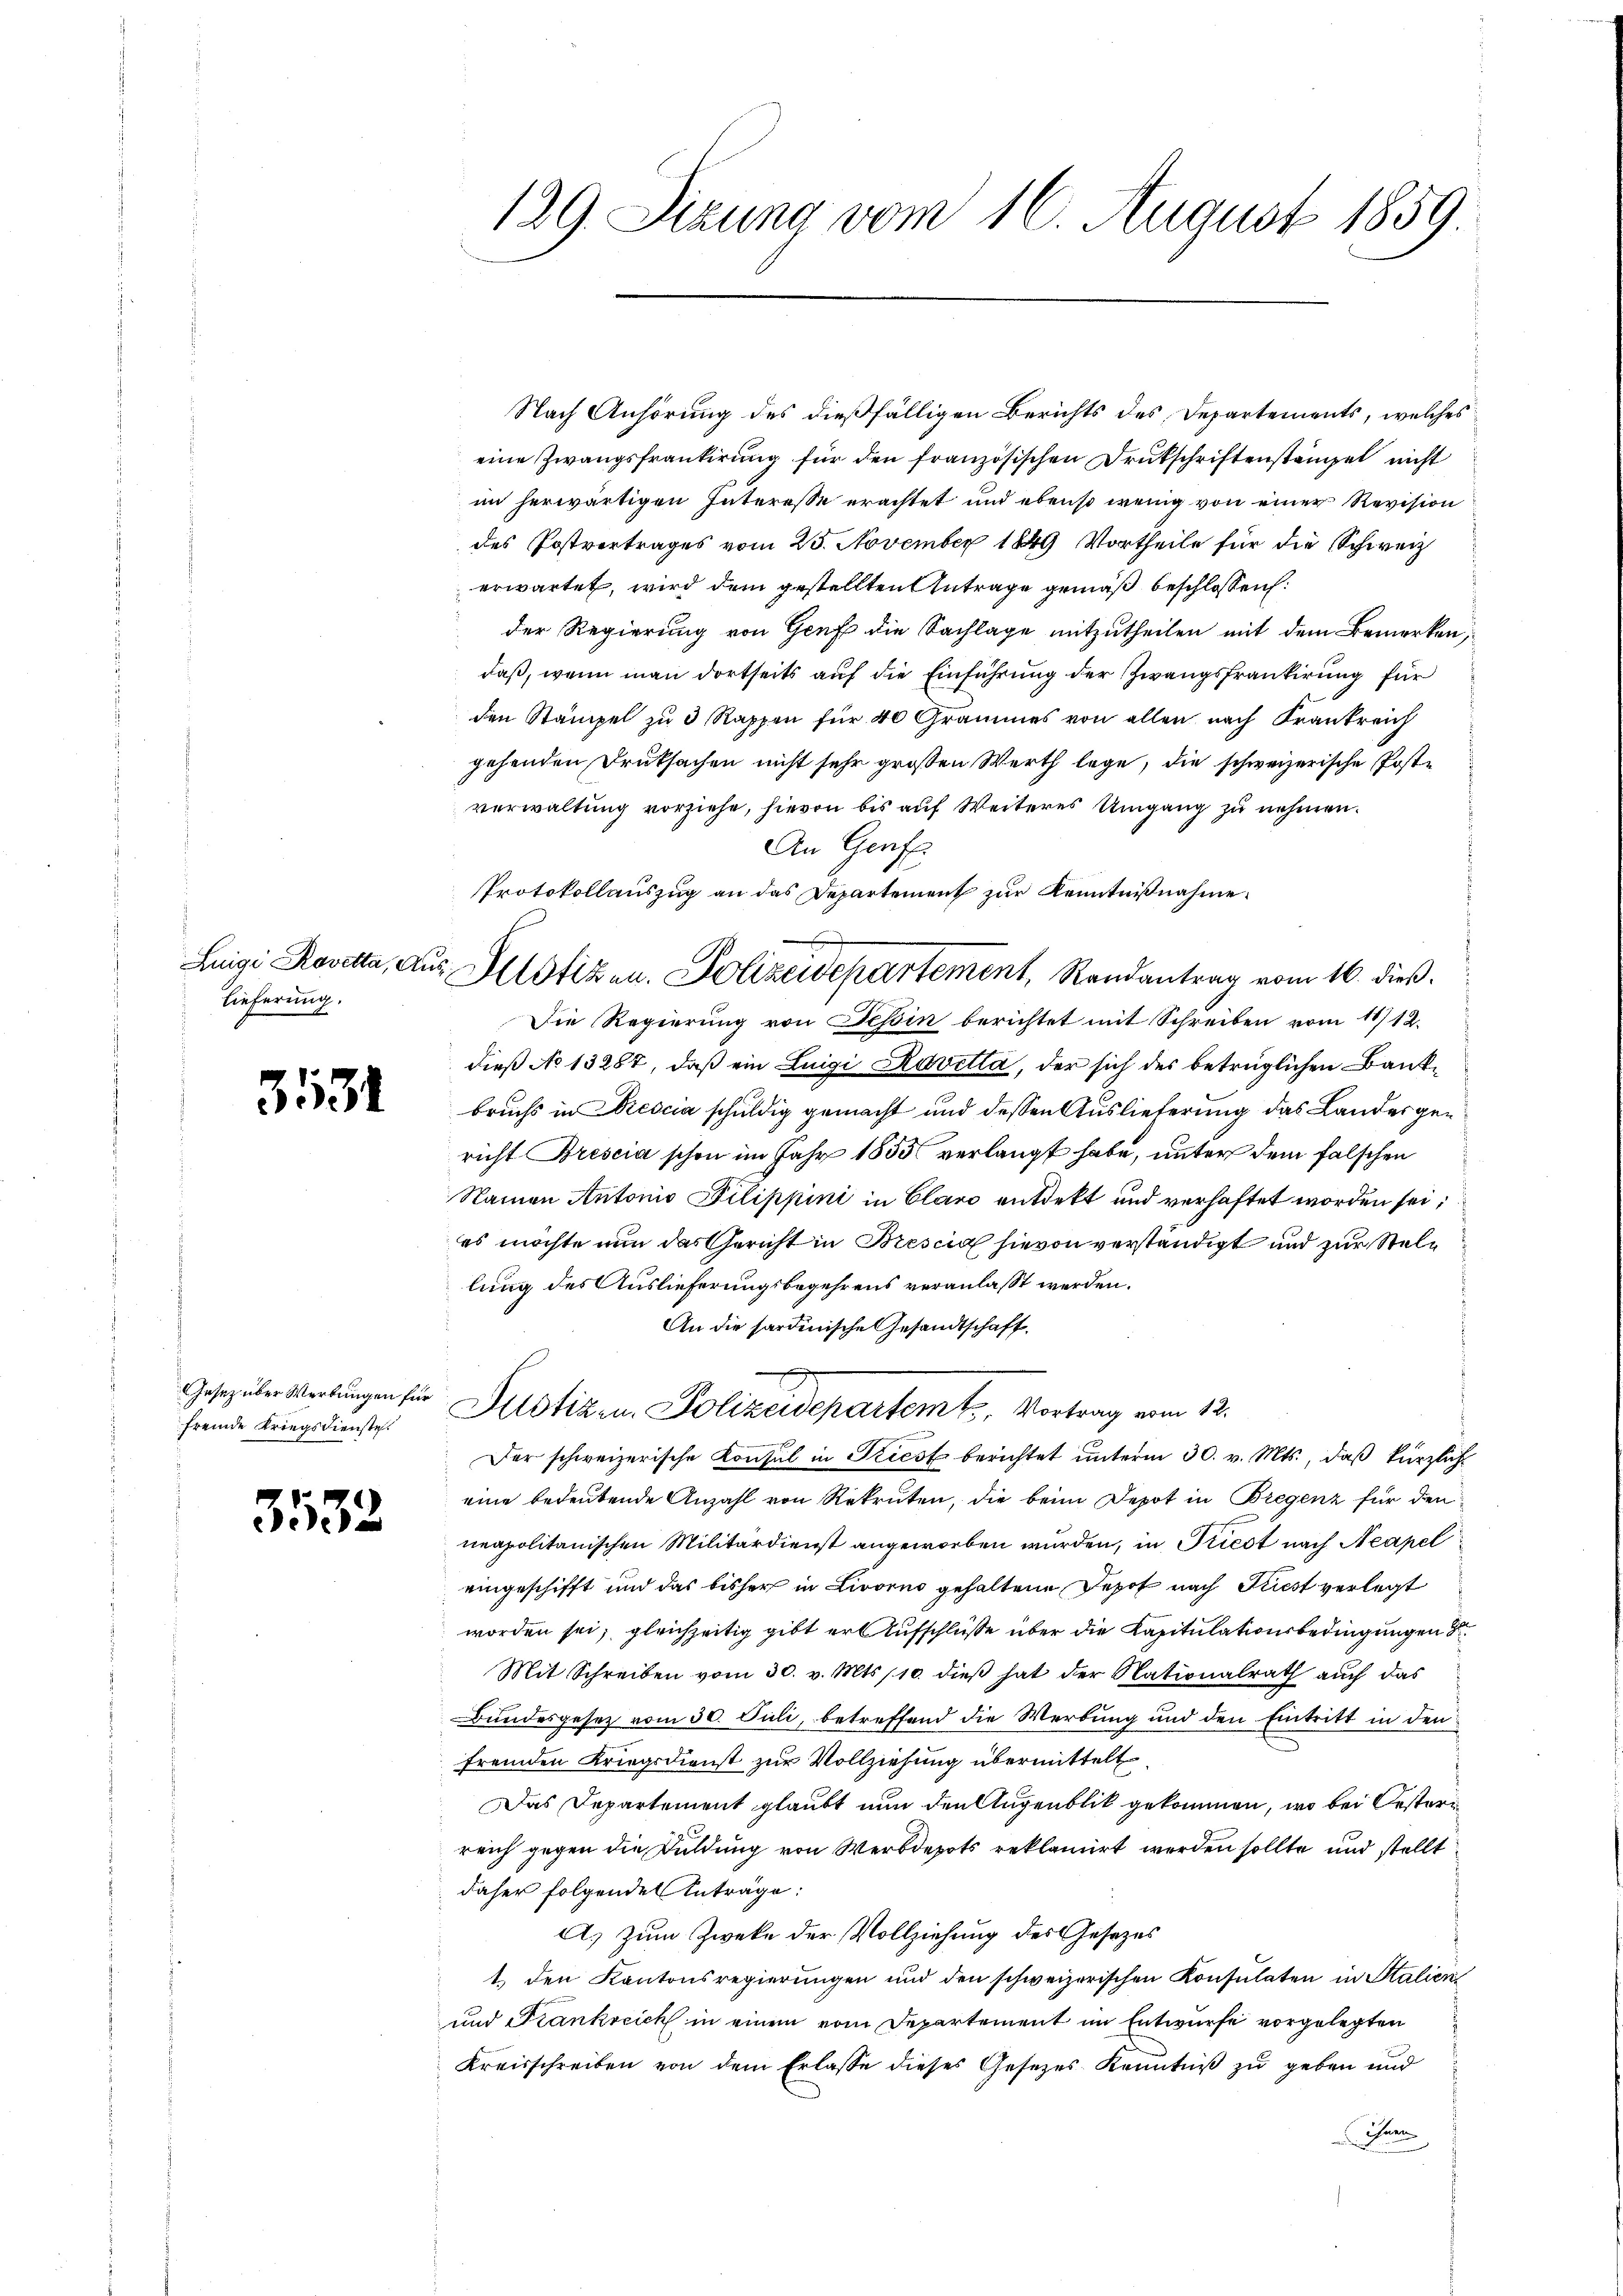
lieferung.

3531

Gesetz über Wertungen für
fremde Kriegsdienste.

3532

129. Sizung vom 16. August 1859.

Protokollauszug an das Departement zur Kenntnißnahme.
Luigi Rosetta, aus Allotizen. Polizeidepartement, Randantrag vom 16. dieß.

Nach Anhörung des dießfälligen Berichts des Departements, welches
eine Zwangsfrantirung für den französischen Drukschriftenständel nicht
im herwärtigen Interesse erachtet und ebenso wenig von einer Revision
des Postvertrages vom 25. November 1849 Vortheile für die Schweiz
erwartet, wird dem gestellten Antrage gemäß beschlossen:
der Regierung von Genf die Sachlage mitzutheilen mit dem Bemerken,
daß, wenn man dortseits auf die Einführung der Zwangsfrantirung für
den Stampel zu 3 Rappen für 40 Grammes von allen nach Krankreich
gehenden Druksachen nicht sehr großen Werth lege, die schweizerische Poste
verwaltung vorziehe, hievon bis auf Weiteres Umgang zu nehmen.
An Genf
Die Regierung von Tessin berichtet mit Schreiben vom 11/12.
dieß No 13287, daß ein Luigi Kavetta, der sich des betrüglichen Bankbruchs in Prescia schuldig gemacht und dessen Auslieferung das Landesgericht Brescia schon im Jahr 1853 verlangt habe, unter dem falschen
Namen Antonio Pilippini in Claro entdekt und verhaftet worden sei,
es möchte nun das Gericht in Brescia hievon verständigt und zur Stellung des Auslieferungsbegehrens veranlasst werden.
An die sardinische Gesandtschaft.
Justizen Polizeidepartemt, Vortrag vom 12.
Der schweizerische Konsul in Stiest berichtet unterm 30. v. Mts., daß kürzlich
eine bedeutende Anzahl von Rekruten, die beim Depot in Bregenz für den
neapolitanischen Militärdienst angeworben wurden, in Priest nach Neapel
eingeschifft und das bisher in Livorno gehaltene Depot nach Priest verlegt
worden sei; gleichzeitig gibt er Aufschlüße über die Capitulationsbedingungen
Mit Schreiben vom 30. v. Mts. 110. dieβ hat der Nationalrath aŭch das
Bundesgesez vom 30. Juli, betreffend die Werbung und den Eintritt in den
fremden Kriegsdienst zur Vollziehung übermittelt
Das Departement glaubt nun den Augenblik gekommen, wo bei Oesteri
reich gegen die Duldung von Werbdepots reklamirt werden sollte und stellt
daher folgenden Anträge:
A. Zum Zwecke der Vollziehung des Gesezes
1.) den Kantonsregierungen und den schweizerischen Konsulaten in Stalien
und Frankreich in einem vom Departement im Entwurfe vorgelegten
Kreisschreiben von dem Erlasse dieses Gesetzes Kenntniß zu geben und
Ihnen